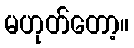
မဟုတ်တော့။